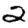
Digit: 2